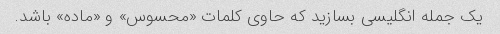
یک جمله انگلیسی بسازید که حاوی کلمات «محسوس» و «ماده» باشد.